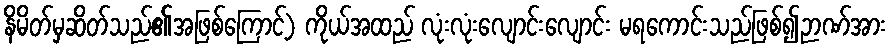
နိမိတ်မှဆိတ်သည်၏အဖြစ်ကြောင့်) ကိုယ်အထည် လုံးလုံးလျောင်းလျောင်း မရကောင်းသည်ဖြစ်၍ဉာဏ်အား